Torma_(Votikvere)_vallavalitsus, lk 143
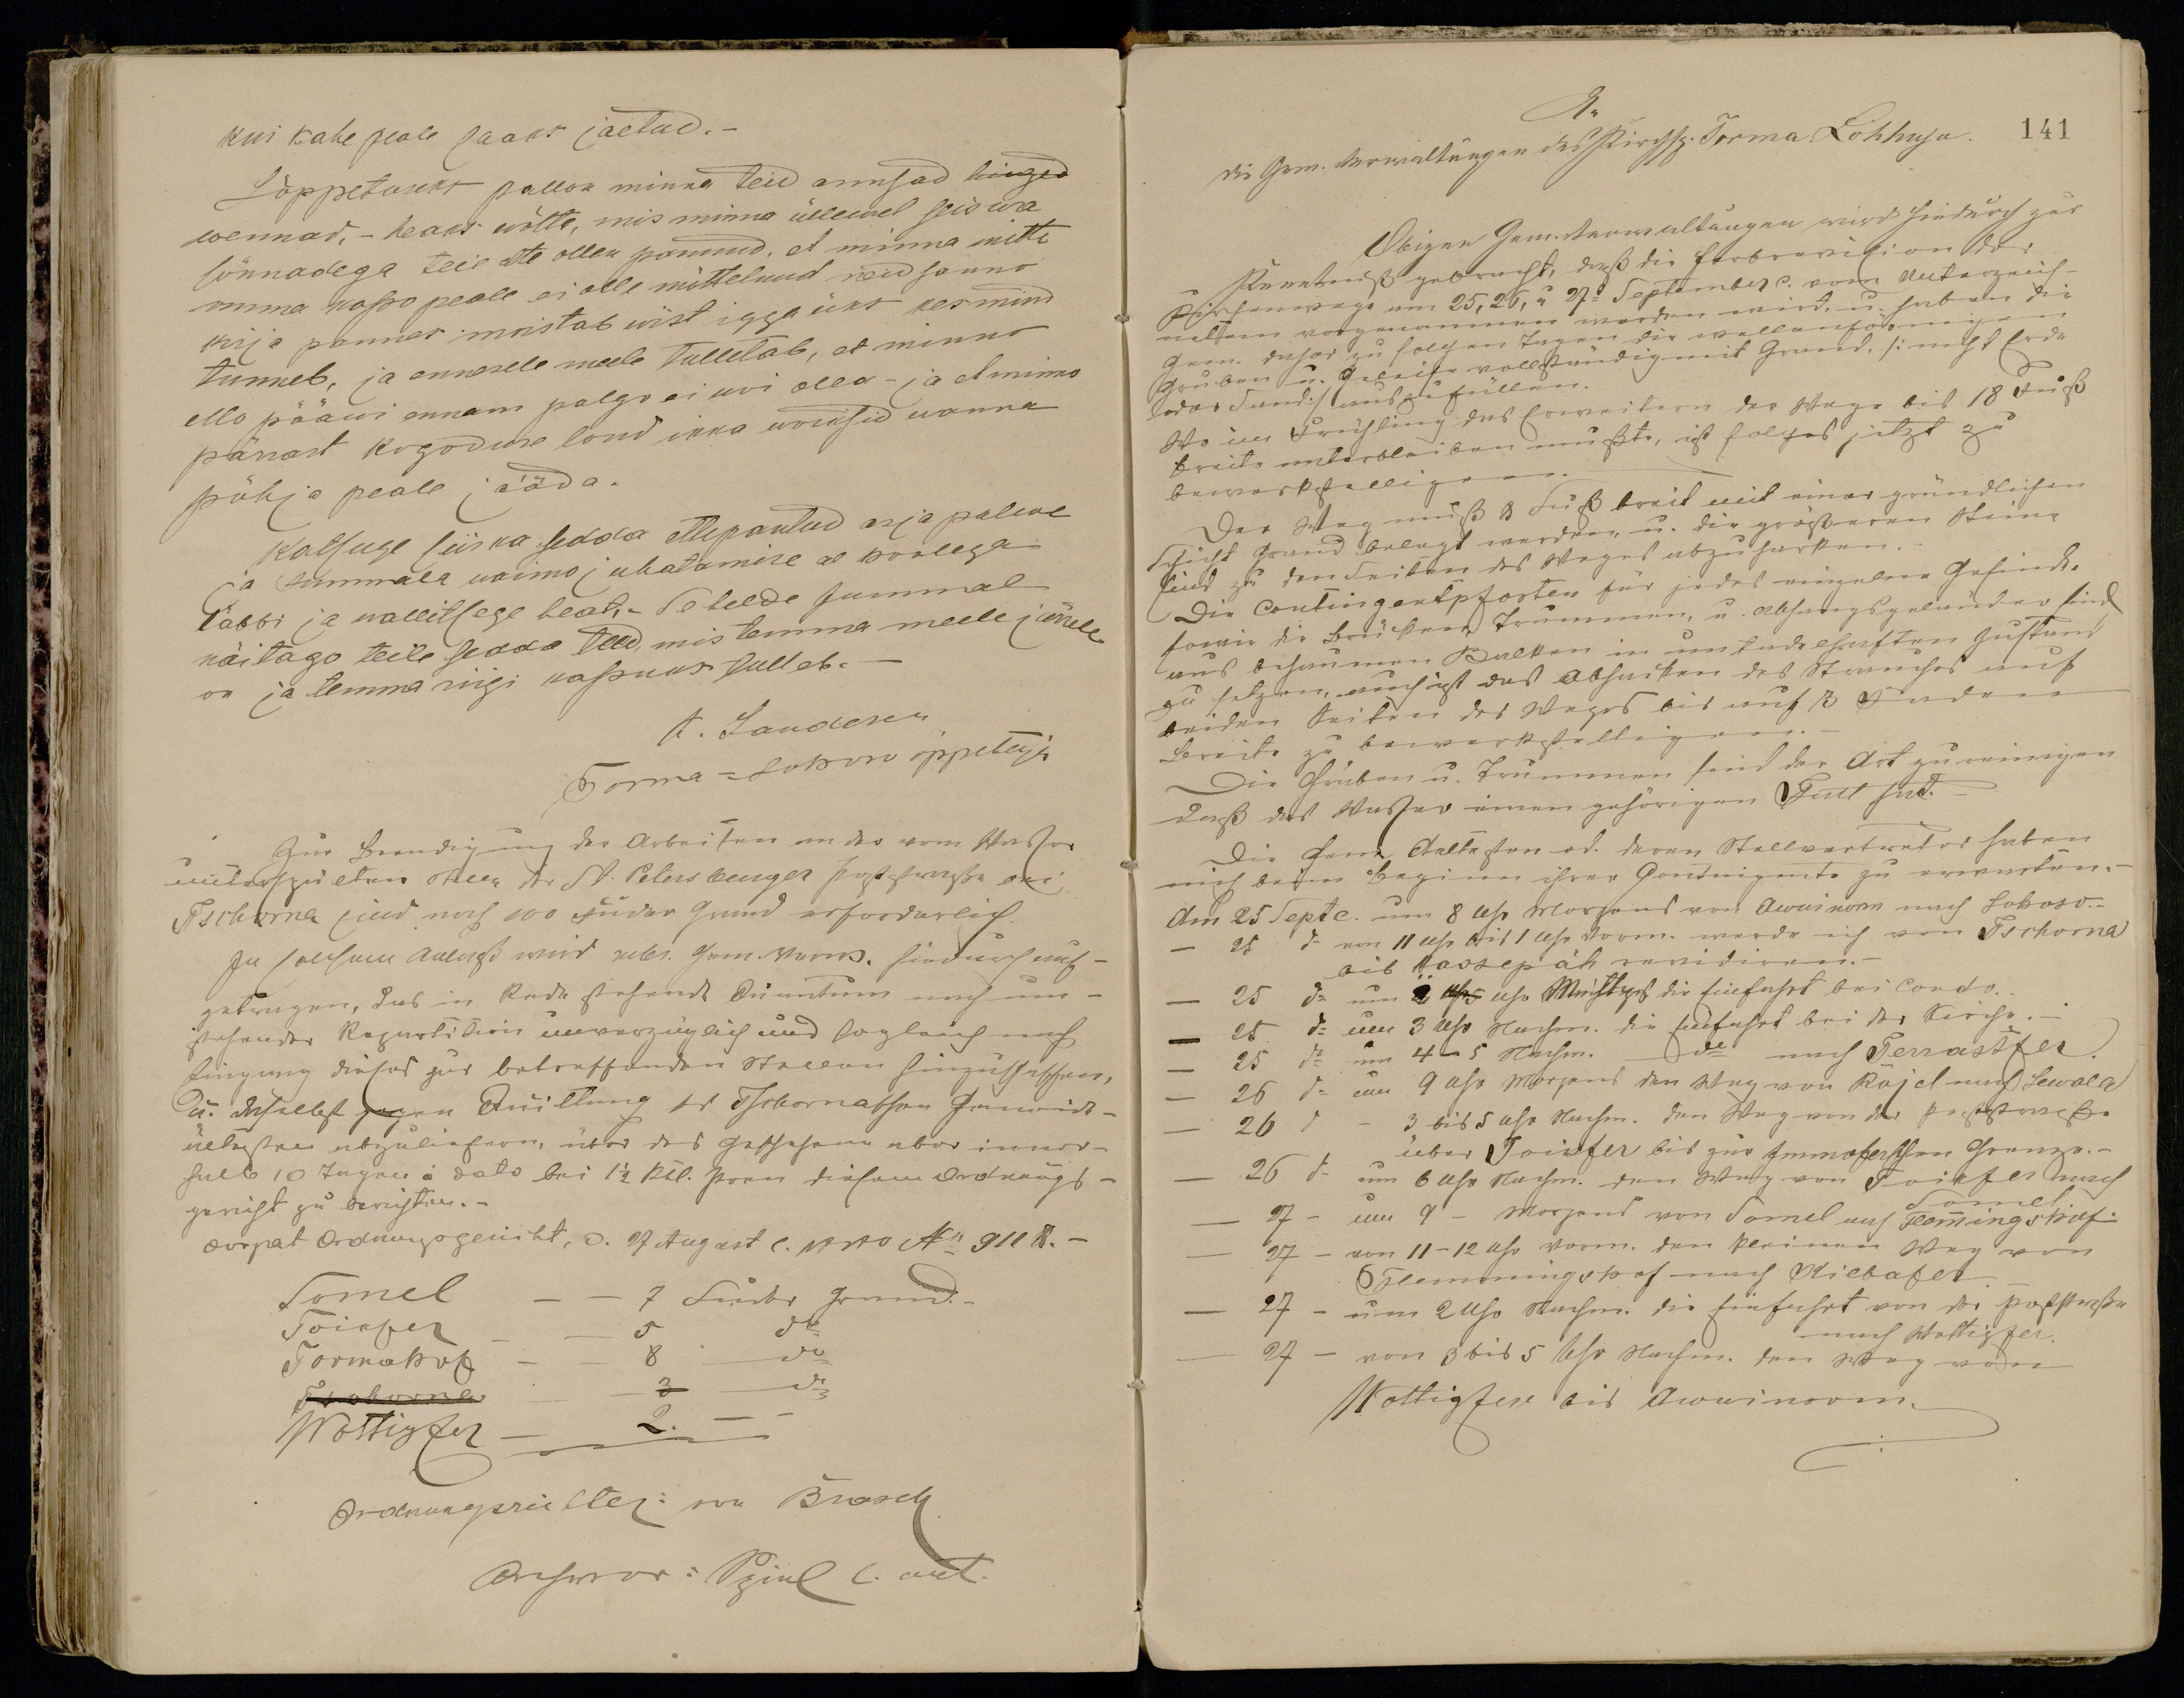
kui kahe peale saak jäetud.-
Lõppetuseks pallon minna teid armsad hinged
wennad. - heaks wõtta, mis minna üllewel seiswa
sõnnadega teie ette ollen pannud, et minna mitte
omma kasso peale ei olle mõttelnud neid sanno
kirja pannas mõistab wist iggaüks kes mind
tunneb, ja ennesele meele tulletab, et minno
ell pääwi ennam paljo ei woi olla ja et mino
pärrast kogoduse loud ikka woiksid wanna
põhja peale jääda.
Katsuge siis ka sedda ettepantud asja palwe
ja Jummala waimo, juhatamise ae hoolega
läbbi ja wallitsege heat, Se helde Jummal
näitago teile sedda teed mis temma meele järele
on ja temma riigi kassuks tulleb.
C. Landesen
Torma-Lohoso õppetaja